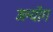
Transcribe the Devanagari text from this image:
उल्योंग